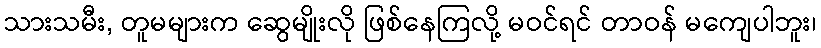
သားသမီး, တူမများက ဆွေမျိုးလို ဖြစ်နေကြလို့ မဝင်ရင် တာဝန် မကျေပါဘူး၊